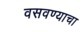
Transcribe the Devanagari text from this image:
वसवण्याचा